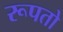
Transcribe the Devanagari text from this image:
रूपतो